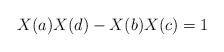
LaTeX: \begin{align*}X(a)X(d)-X(b)X(c)=1\end{align*}